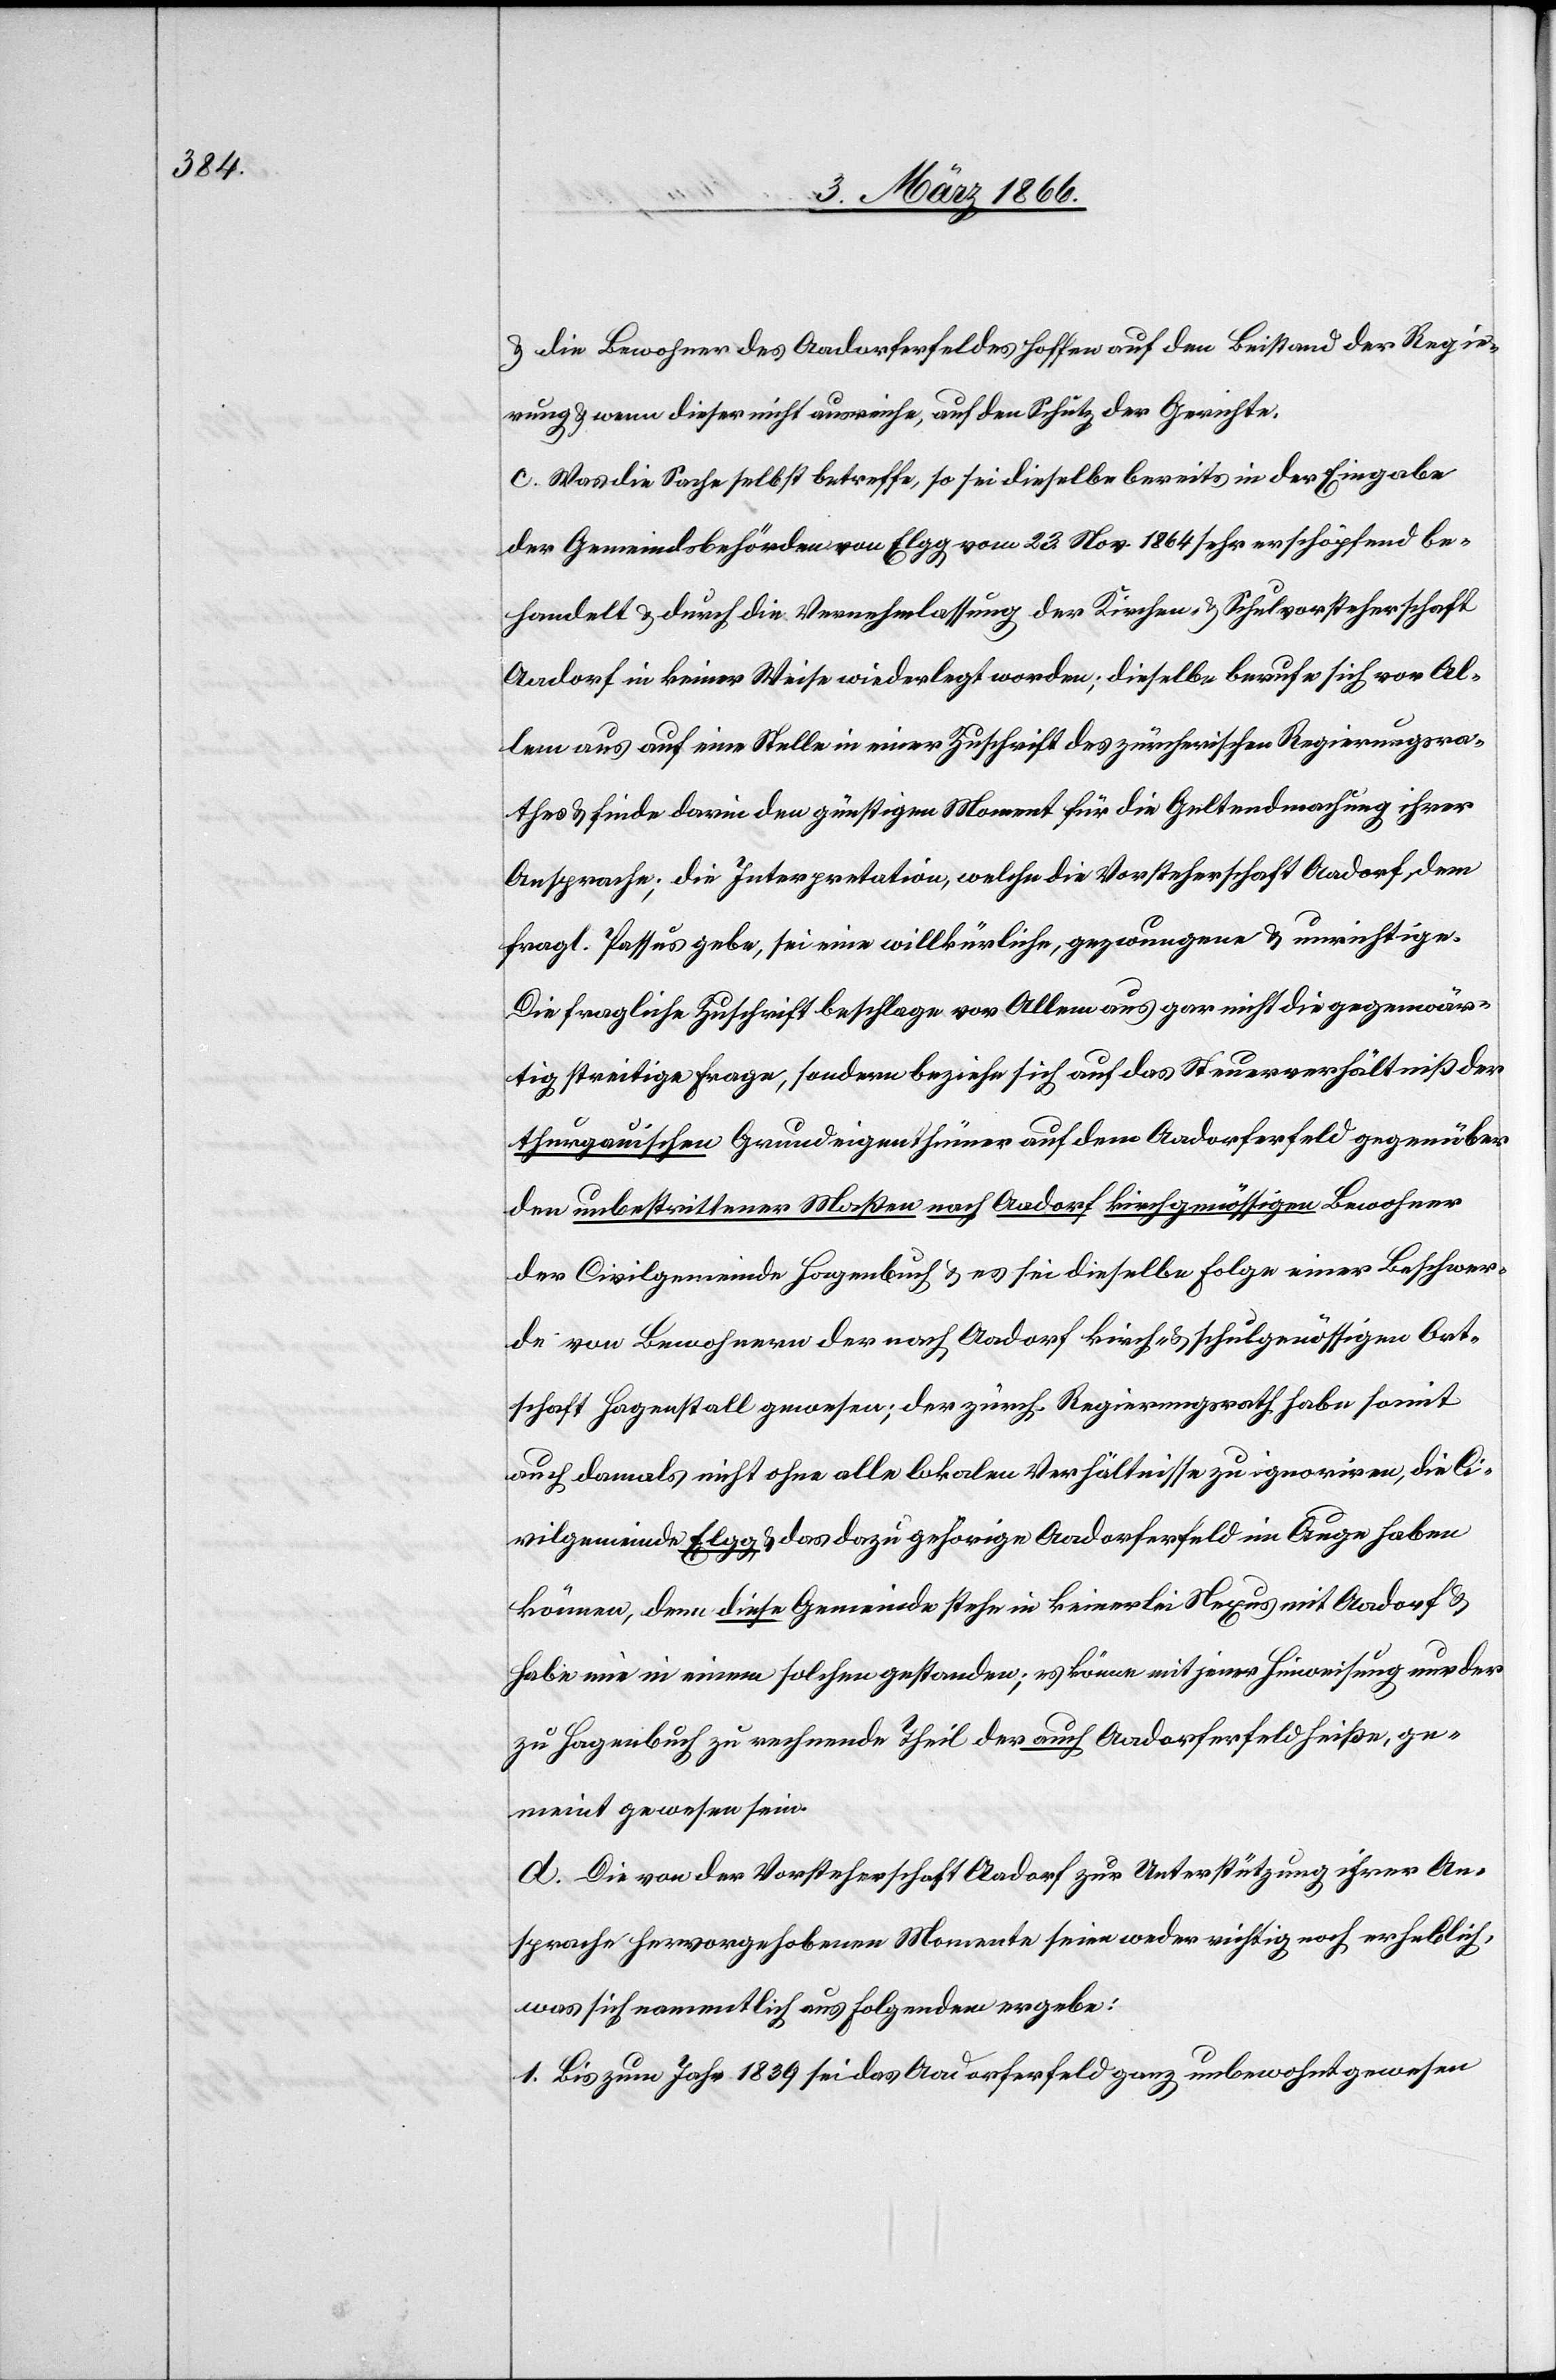
u. die Bewohner des Aadorferfeldes hoffen auf den Beistand der Regie¬
rung u. wenn dieser nicht ausreiche, auf den Schutz der Gerichte.
c. Was die Sache selbst betreffe, so sei dieselbe bereits in der Eingabe
der Gemeindsbehörden von Elgg vom 23. Nov. 1864 sehr erschöpfend be¬
handelt u. durch die Vernehmlassung der Kirchen- u. Schulvorsteherschaft
Aadorf in keiner Weise wiederlegt worden; dieselbe berufe sich vor Al¬
lem auf eine Stelle in einer Zuschrift des zürcherischen Regierungsra¬
thes u. finde darin den günstigen Moment für die Geltendmachung ihrer
Ansprache; die Interpretation, welche die Vorsteherschaft Aadorf dem
fragl. Passus gebe, sei eine willkürliche, gezwungene u. unrichtige.
Die fragliche Zuschrift beschlage vor Allem aus gar nicht die gegenwär¬
tig streitige Frage, sondern beziehe sich auf das Steuerverhältniß der
thurgauischen Grundeigenthümer auf dem Aadorferfeld gegenüber
den unbestrittener Maßen nach Aadorf kirchgenössigen Bewohner[n]
der Civilgemeinde Hagenbuch u. es sei dieselbe Folge einer Beschwer¬
de von Bewohnern der nach Aadorf kirch- u. schulgenössigen Ort¬
schaft Hagenstall gewesen; der zürch. Regierungsrath habe somit
auch damals nicht ohne alle lokalen Verhältnisse zu ignoriren, die Ci¬
vilgemeinde Elgg u. das dazu gehörige Aadorferfeld im Auge haben
können, denn diese Gemeinde stehe in keinerlei Nexus mit Aadorf u.
habe nie in einem solchen gestanden; es könne mit jener Hinweisung nur der
zu Hagenbuch zu rechnende Theil der auch Aadorferfeld heiße, ge¬
meint gewesen sein.
d. Die von der Vorsteherschaft Aadorf zur Unterstützung ihrer An¬
sprache hervorgehobenen Momente seien weder richtig noch erheblich,
was sich namentlich aus Folgendem ergebe:
1. Bis zum Jahr 1839 sei das Aadorferfeld ganz unbewohnt gewesen